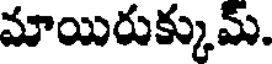
మాయిరుక్కుమ్.